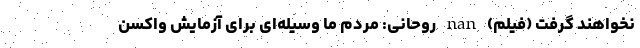
نخواهند گرفت (فیلم) nan روحانی: مردم ما وسیله‌ای برای آزمایش واکسن